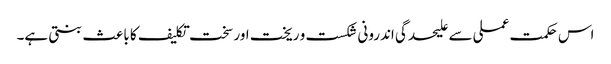
اس حکمت عملی سے علیحدگی اندرونی شکست و ریخت اور سخت تکلیف کا با عث بنتی ہے۔